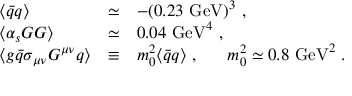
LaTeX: \begin{array} { l l l } { { \langle \bar { q } q \rangle } } & { { \simeq } } & { { - ( 0 . 2 3 ~ \mathrm { G e V } ) ^ { 3 } ~ , } } \\ { { \langle \alpha _ { s } G G \rangle } } & { { \simeq } } & { { 0 . 0 4 ~ \mathrm { G e V } ^ { 4 } ~ , } } \\ { { \langle g \bar { q } \sigma _ { \mu \nu } G ^ { \mu \nu } q \rangle } } & { { \equiv } } & { { m _ { 0 } ^ { 2 } \langle \bar { q } q \rangle ~ , ~ ~ ~ ~ ~ m _ { 0 } ^ { 2 } \simeq 0 . 8 ~ \mathrm { G e V } ^ { 2 } ~ . } } \end{array}